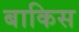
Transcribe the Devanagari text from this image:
बाकिस